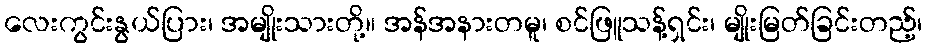
လေးကွင်းနွယ်ပြား၊ အမျိုးသားတို့။ အန်အနားတမူ၊ စင်ဖြူသန့်ရှင်း၊ မျိုးမြတ်ခြင်းတည့်၊